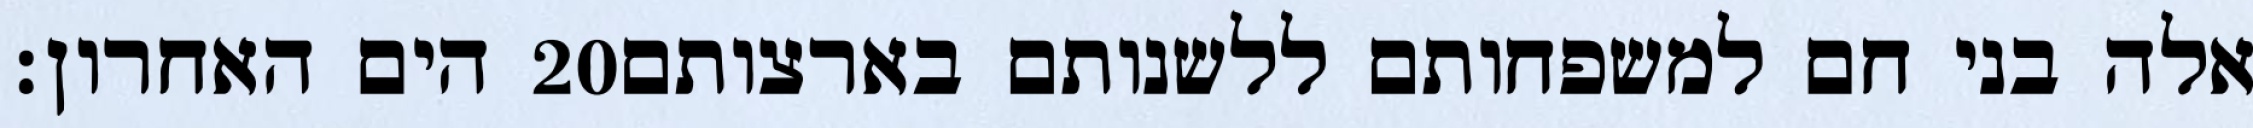
הים האחרון׃ ‎20‏ אלה בני חם למשפחותם ללשנותם בארצותם